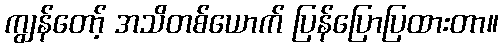
ကျွန်တော့် အသိတစ်ယောက် ပြန်ပြောပြထားတာ။